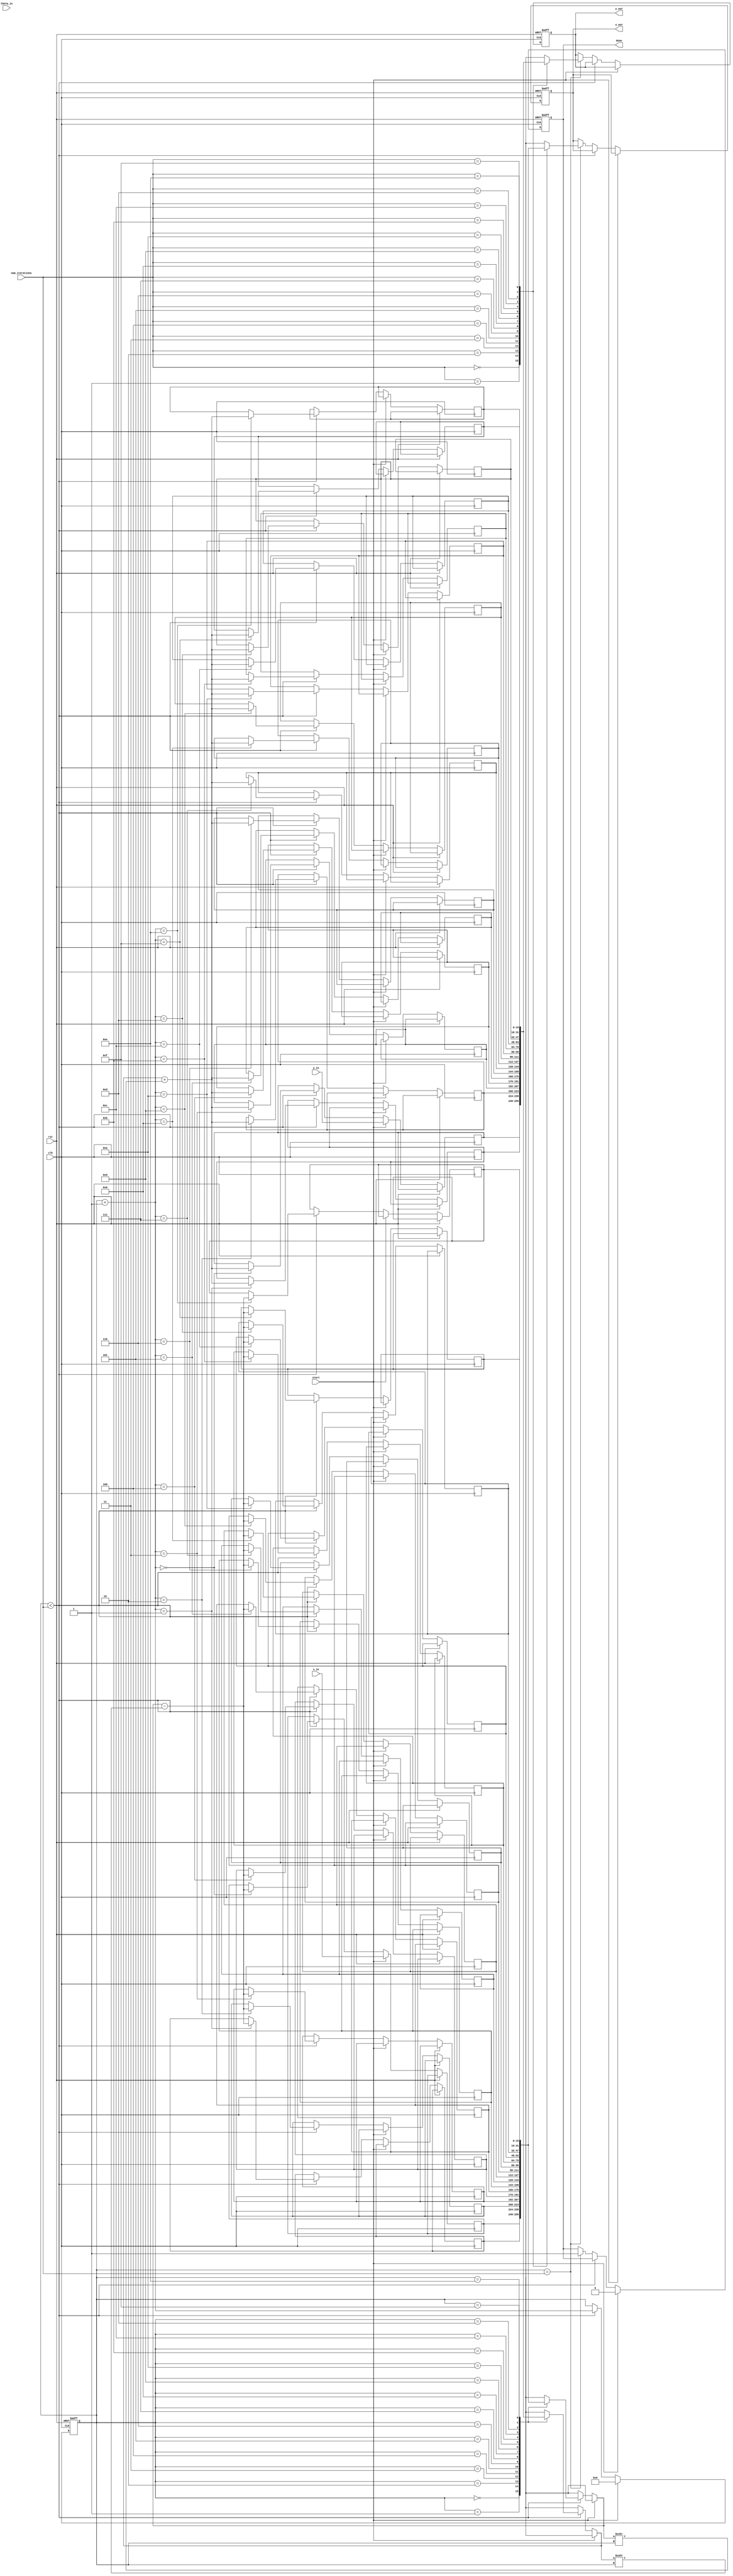
module adaptive_cordic (
    input clk,
    input rst,
    input start,
    input signed [15:0] x_in,  // Fixed-point input x
    input signed [15:0] y_in,  // Fixed-point input y
    input signed [15:0] theta_in, // Rotation angle
    input [3:0] num_iterations, // Number of iterations
    output reg signed [15:0] x_out, // Output x
    output reg signed [15:0] y_out, // Output y
    output reg done // Operation done flag
);

    reg signed [15:0] x [0:15]; // Array to hold x values
    reg signed [15:0] y [0:15]; // Array to hold y values
    reg signed [15:0] theta [0:15]; // Array to hold theta values
    reg [3:0] iter; // Current iteration

    // Constants for the arctangent values (fixed-point)
    reg signed [15:0] atan_table [0:15]; 

    initial begin
        // Initialize atan_table with fixed-point representations of arctan(2^-i)
        atan_table[0] = 16'h4000; // atan(1) = /4 in Q1.15
        atan_table[1] = 16'h2000; // atan(1/2)
        atan_table[2] = 16'h1000; // atan(1/4)
        atan_table[3] = 16'h0800; // atan(1/8)
        atan_table[4] = 16'h0400; // atan(1/16)
        // ... Continue filling the table as needed
    end

    always @(posedge clk or posedge rst) begin
        if (rst) begin
            x_out <= 0;
            y_out <= 0;
            done <= 0;
            iter <= 0;
        end else if (start) begin
            // Initialize x and y with input values
            x[0] <= x_in;
            y[0] <= y_in;
            theta[0] <= theta_in;
            iter <= 0;
            done <= 0;
        end else if (iter < num_iterations) begin
            x[iter + 1] <= x[iter] - (y[iter] >>> iter); // Right shift for division by 2^i
            y[iter + 1] <= y[iter] + (x[iter] >>> iter);
            theta[iter + 1] <= theta[iter] - atan_table[iter];

            iter <= iter + 1;
        end else if (iter == num_iterations) begin
            x_out <= x[num_iterations];
            y_out <= y[num_iterations];
            done <= 1;
        end
    end

endmodule